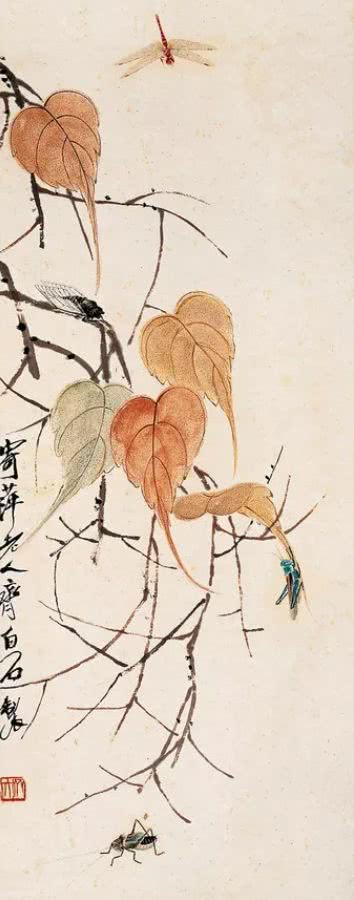
小溪清水平如镜，一叶飞来浪细生。